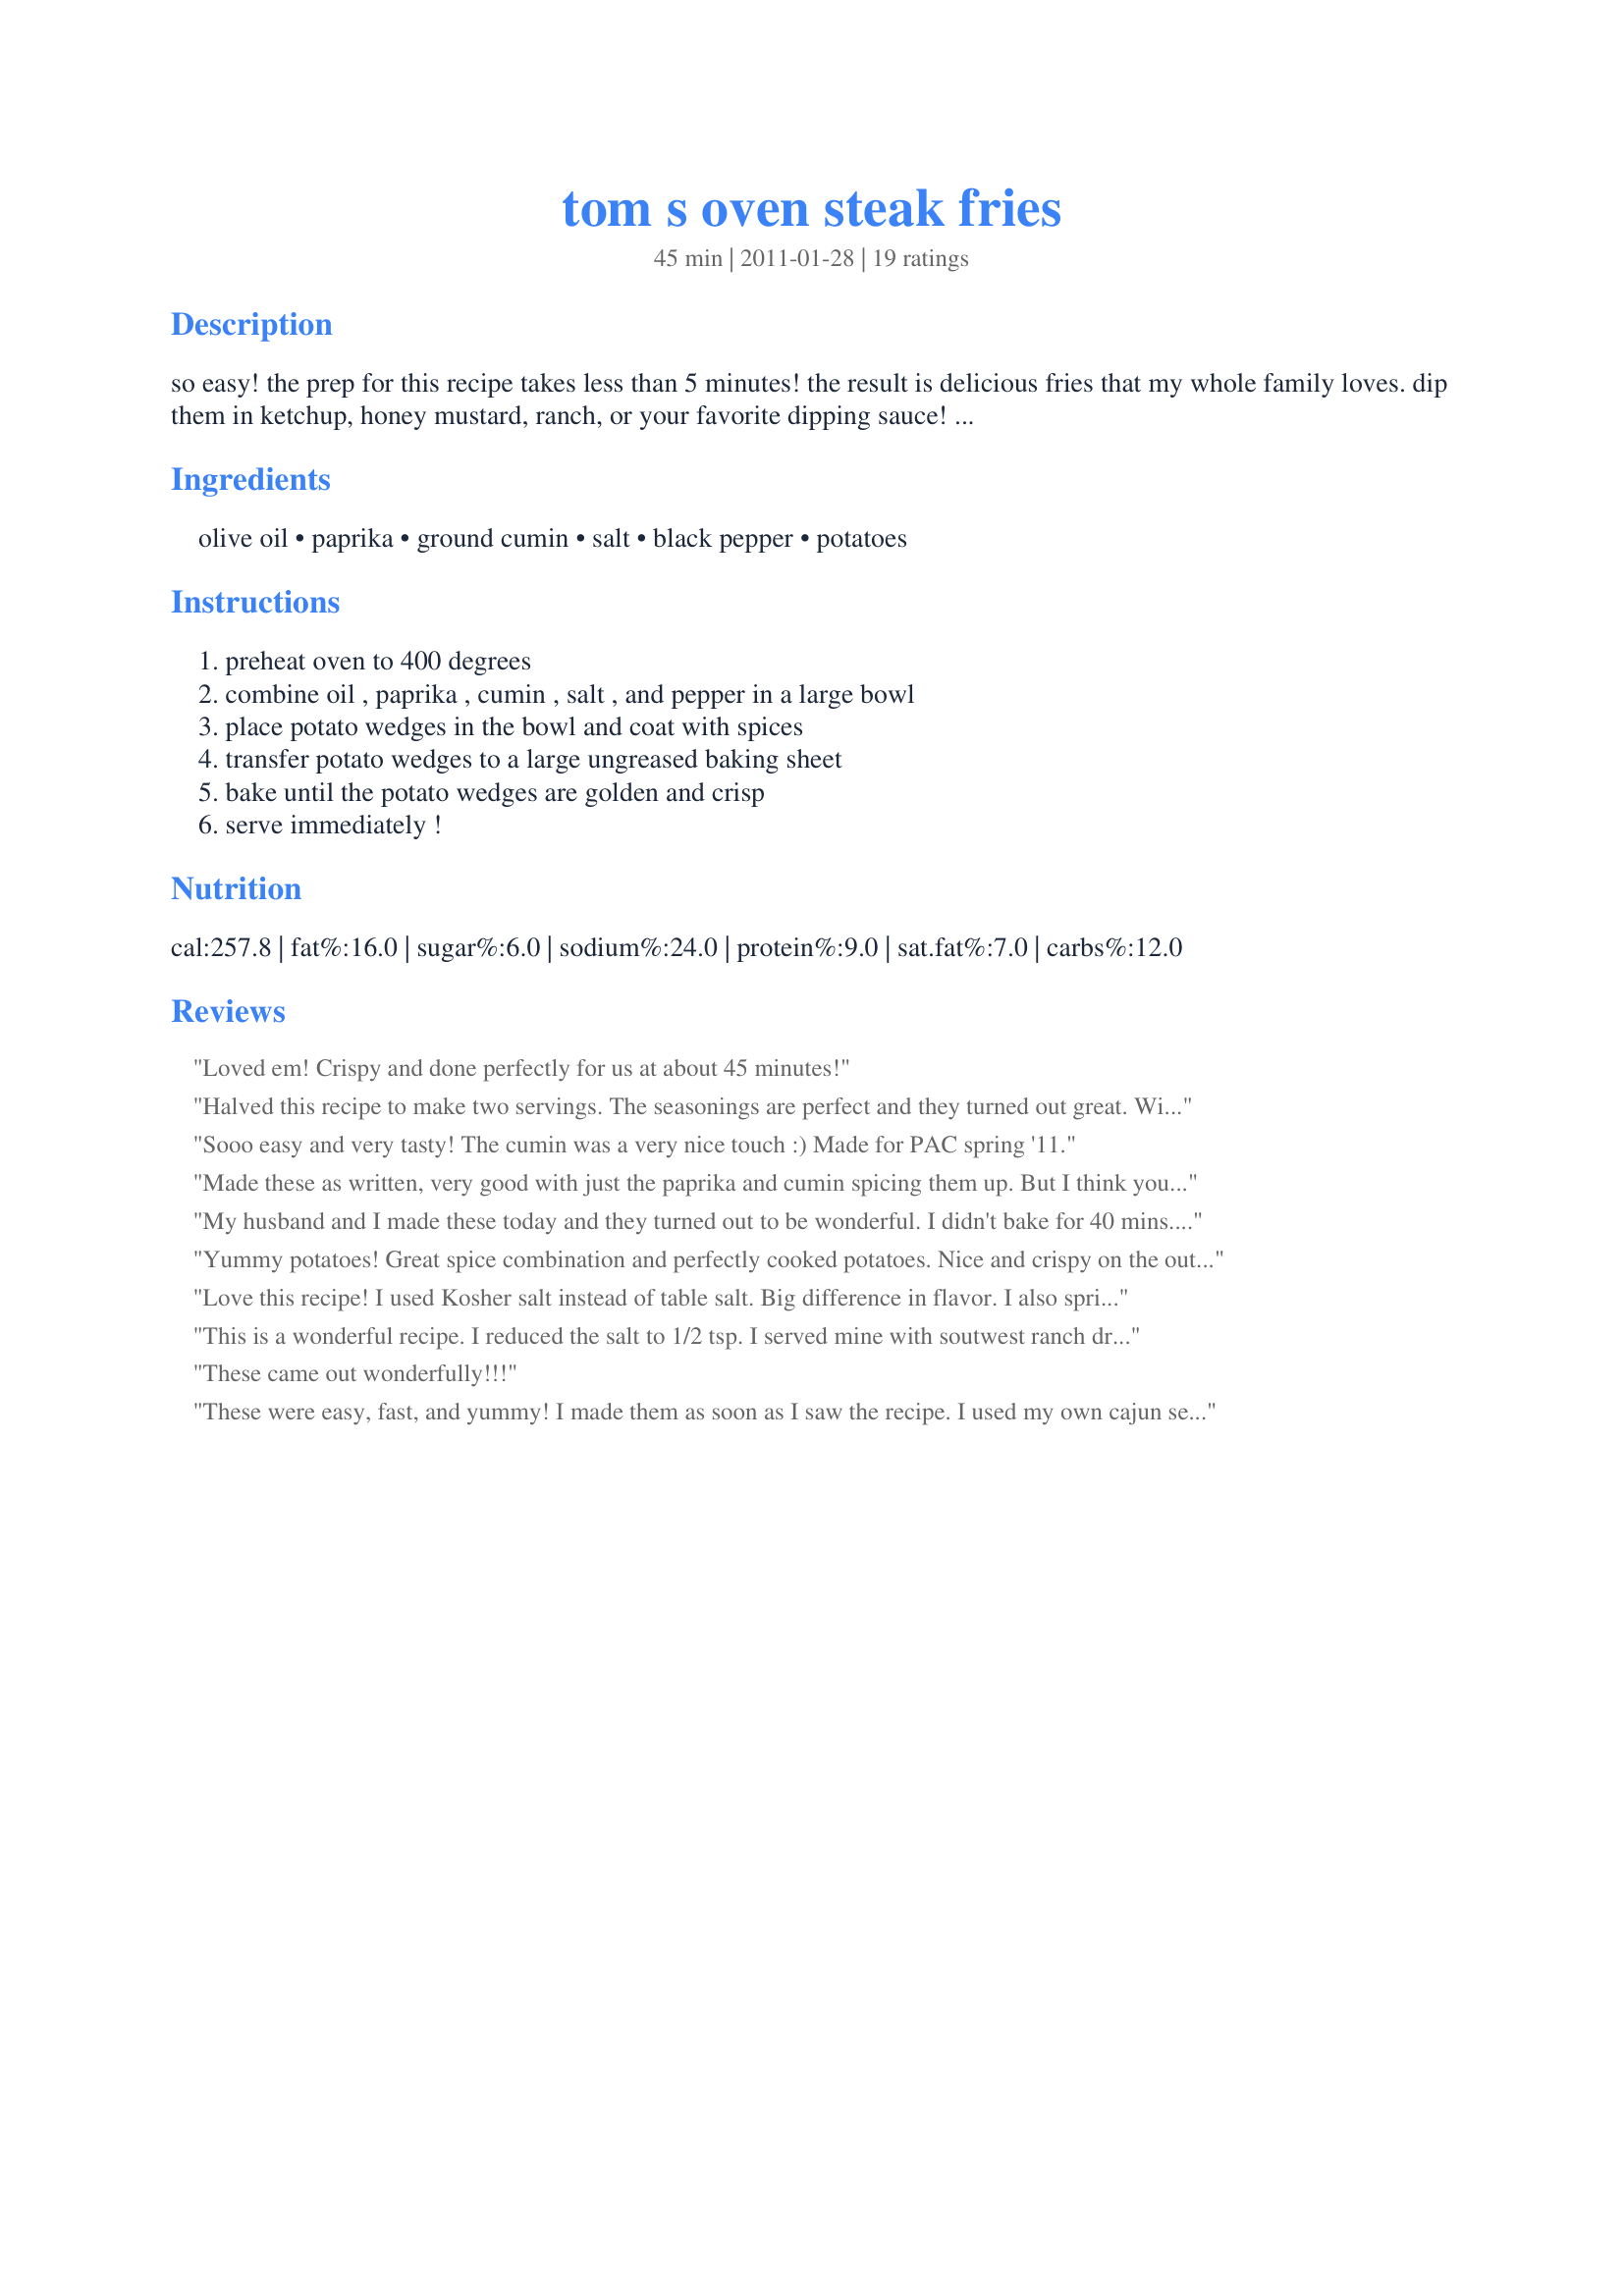
tom s oven steak fries
Preparation time: 45 minutes

so easy! the prep for this recipe takes less than 5 minutes! the result is delicious fries that my whole family loves. dip them in ketchup, honey mustard, ranch, or your favorite dipping sauce! this is tweaked (only very slightly) from the oven steak fries recipe from flylady.com.

Ingredients:
olive oil, paprika, ground cumin, salt, black pepper, potatoes

Steps:
preheat oven to 400 degrees, combine oil , paprika , cumin , salt , and pepper in a large bowl, place potato wedges in the bowl and coat with spices, transfer potato wedges to a large ungreased baking sheet, bake until the potato wedges are golden and crisp, serve immediately !

Reviews:
Loved em! Crispy and done perfectly for us at about 45 minutes!
Halved this recipe to make two servings. The seasonings are perfect and they turned out great. Will make again! Thanks!
Sooo easy and very tasty! The cumin was a very nice touch :) Made for PAC spring '11.
Made these as written, very good with just the paprika and cumin spicing them up. But I think you could go in any direction and add just about any seasonings! They browned up nicely and were a great compliment for roast pork. Made for PRMR 2/11.
My husband and I made these today and they turned out to be wonderful. I didn't bake for 40 mins..Maybe about 30 mins and they were just right!
Yummy potatoes! Great spice combination and perfectly cooked potatoes. Nice and crispy on the outside. Thanks for a great steak fry recipe!
Love this recipe! I used Kosher salt instead of table salt. Big difference in flavor. I also sprinkled Herbes De'Provence on them just before baking. Wow. simple, easy and wonderful.
This is a wonderful recipe. I reduced the salt to 1/2 tsp. I served mine with soutwest ranch dressing. Thanks Pale Rose :) Made for New Kids on the Block tag game
These came out wonderfully!!!
These were easy, fast, and yummy! I made them as soon as I saw the recipe. I used my own cajun seasoning and flipped the fries after 25 minutes. Thanks Pale Rose!
Yum! Crispy, spicy potato goodness! :) I put this in my 'tried and true' cookbook, and will make them often, as an easy, tasty go-to side dish! Thank for sharing, Pale Rose.
These were delicious, and very easy. We loved the cumin-paprika combination. Great recipe, thanks for posting!
Simply delicious! I made this exactly as posted, using 3 large Idaho baking potatoes. They were perfectly done after 40 minutes. I did end up sprinkling some extra sea salt on the potato wedges before baking. This is so easy and the seasoning is so flavorful that I know I will be making this recipe again
Made these without cumin, but added a little garlic and onion powder. My son and husband loved them!!
I not only loved the taste but also the smell. I have never made fries that smelled as wonderful as these did, my mouth actually began watering when I took them out of the oven. I will definitely be making these a lot.
I added some parsley flakes for ‘cosmetic’ purposes. Not only were they beautiful, but the best baked fries we’ve ever tasted! Thank you so much!
This is our favorite oven fry recipe! We did add a little garlic powder and basil. Thanks for posting. I should have took a pix before we starting eating them, to late now, all gone.
I chose to give your recipe a try added garlic and basil to the mix for more flavor, this trully is the best style fries I personally ever had. Great stuff Tom.
So easy and good! The spice mix was simple and tasty on these fries. Thanks Pale Rose for a nice keeper. Made for I Recommend Tag.
